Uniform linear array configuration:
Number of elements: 48
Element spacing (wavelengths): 0.25
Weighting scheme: blackman
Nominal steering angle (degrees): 30
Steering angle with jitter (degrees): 30.63
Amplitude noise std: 0.05
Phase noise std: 0.05

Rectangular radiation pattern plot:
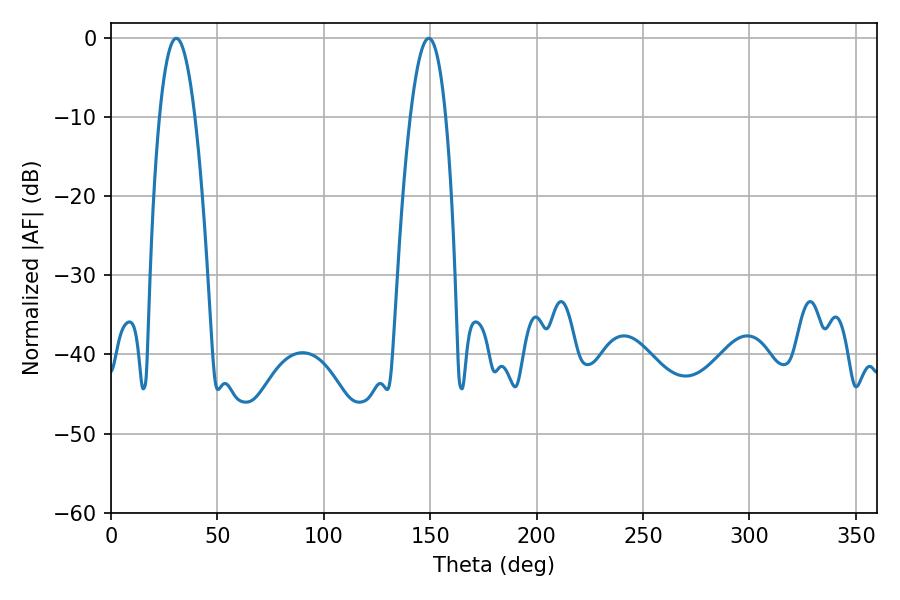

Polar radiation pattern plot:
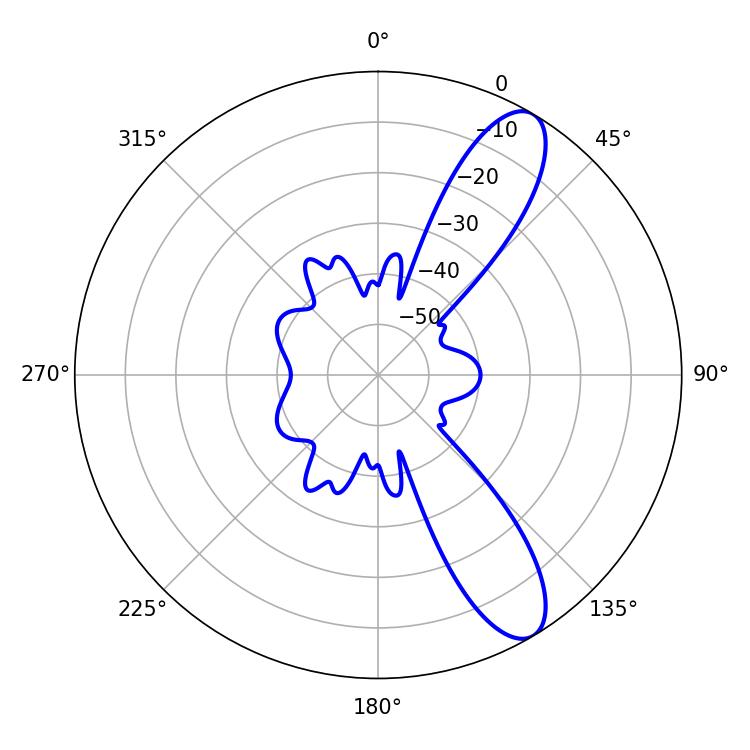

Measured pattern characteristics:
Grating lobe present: FALSE
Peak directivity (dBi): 10.55
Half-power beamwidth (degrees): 9.18
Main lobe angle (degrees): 30.6